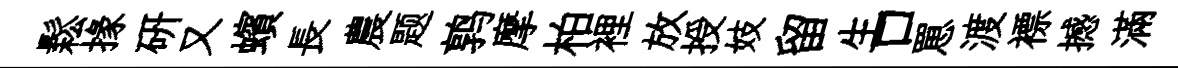
鬆掾研又蠙長農题鹑摩柏裡放授妓留生口罳渡褾撼滿